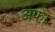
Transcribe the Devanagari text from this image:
अफा